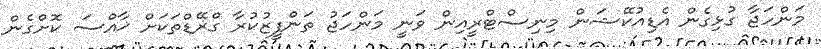
މަންހަޖާ ގުޅިގެން އެޑިއުކޭޝަން މިނިސްޓްރީއިން ވަނީ މަންހަޖު ތަންފީޒުކުރާ ގްޜޭޑްތަކަށް ޚާއްސަ ކޮށްގެން